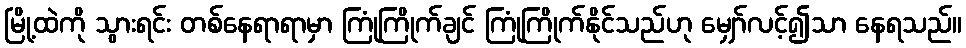
မြို့ထဲကို သွားရင်း တစ်နေရာရာမှာ ကြုံကြိုက်ချင် ကြုံကြိုက်နိုင်သည်ဟု မျှော်လင့်၍သာ နေရသည်။